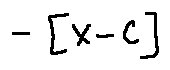
- [ X - C ]